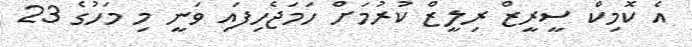
އެ ކޮމިކް ސީރީޒް ރިލީޒް ކުރުމަށް ހަމަޖެހިފައި ވަނީ މި މަހުގެ 23